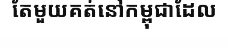
តែមួយគត់នៅកម្ពុជាដែល